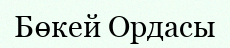
Бөкей Ордасы